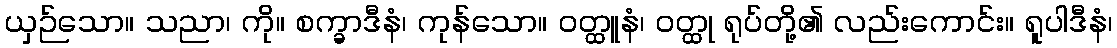
ယှဉ်သော။ သညာ၊ ကို။ စက္ခာဒီနံ၊ ကုန်သော။ ဝတ္ထူနံ၊ ဝတ္ထု ရုပ်တို့၏ လည်းကောင်း။ ရူပါဒီနံ၊